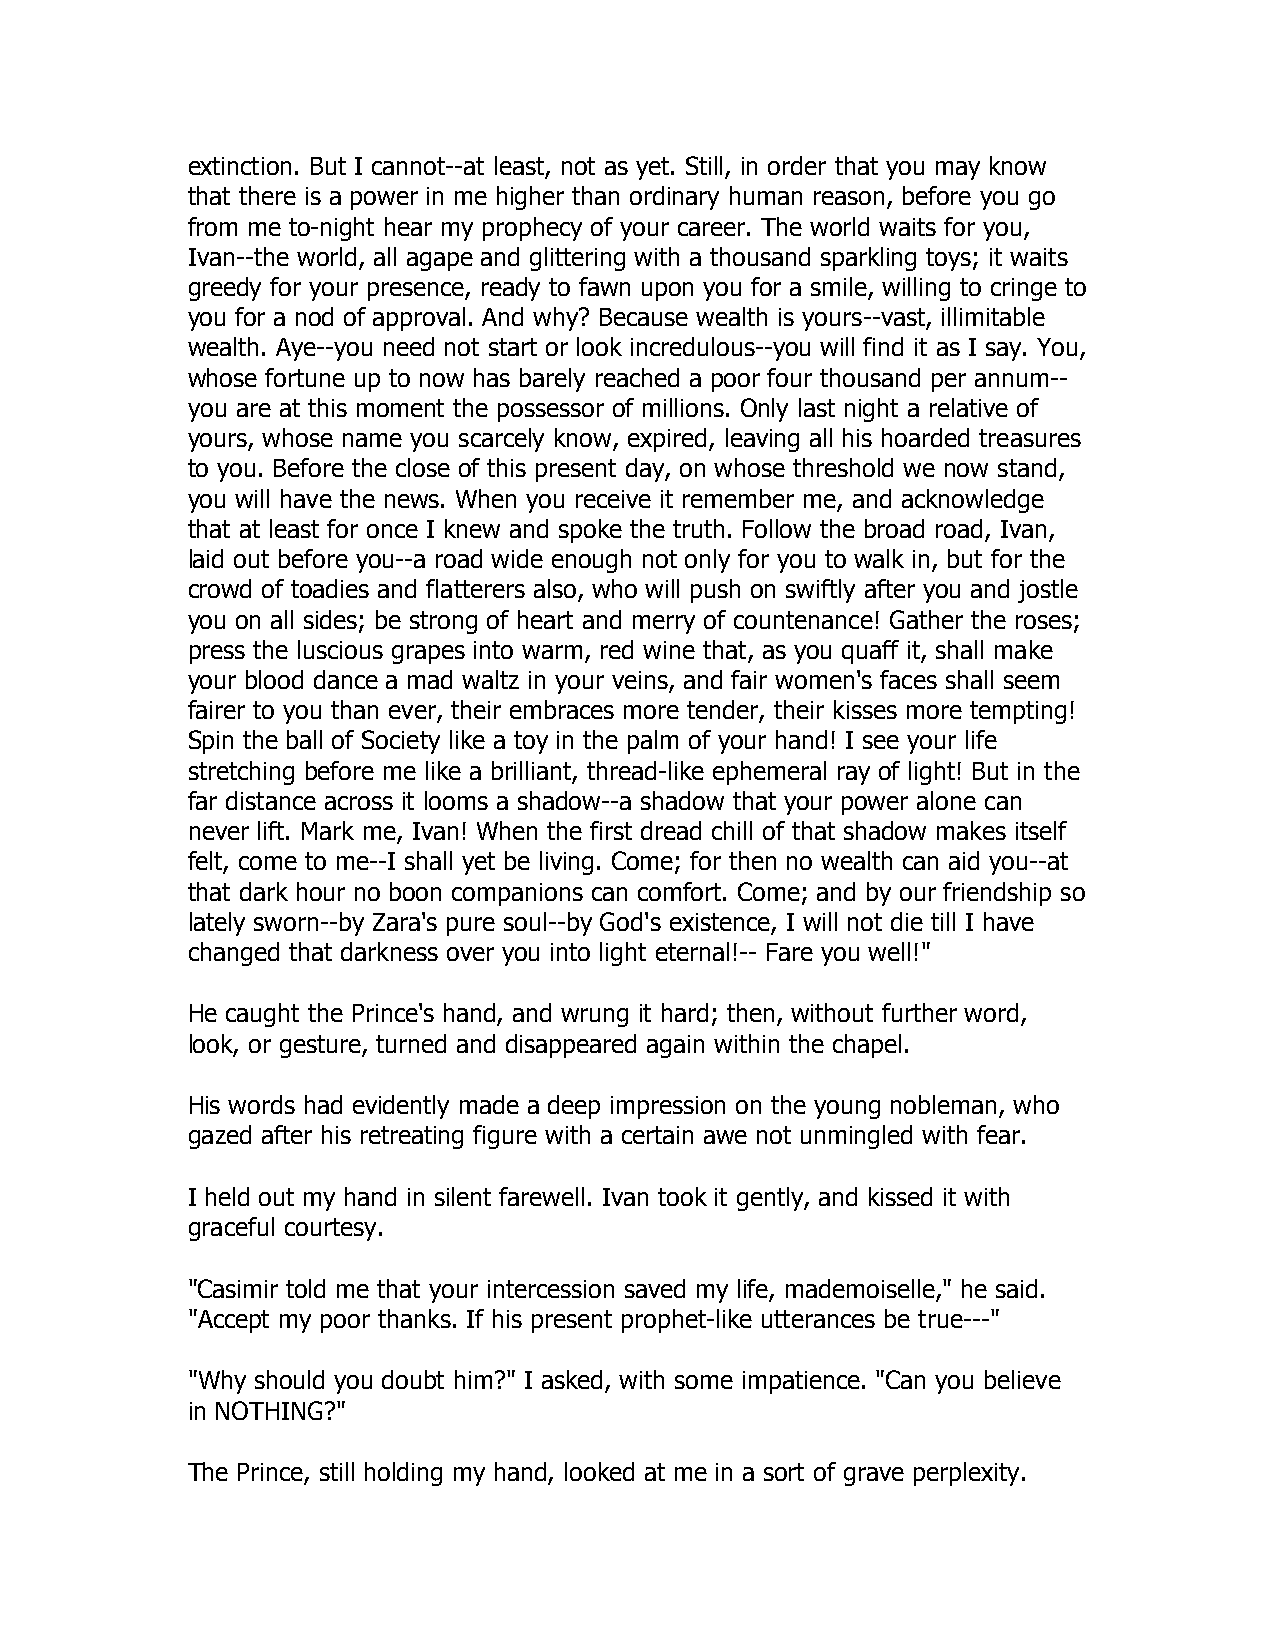
extinction. But I cannot--at least, not as yet. Still, in order that you may know
 that there is a power in me higher than ordinary human reason, before you go
 from me to-night hear my prophecy of your career. The world waits for you,
 Ivan--the world, all agape and glittering with a thousand sparkling toys; it waits
 greedy for your presence, ready to fawn upon you for a smile, willing to cringe to
 you for a nod of approval. And why? Because wealth is yours--vast, illimitable
 wealth. Aye--you need not start or look incredulous--you will find it as I say. You,
 whose fortune up to now has barely reached a poor four thousand per annum--
 you are at this moment the possessor of millions. Only last night a relative of
 yours, whose name you scarcely know, expired, leaving all his hoarded treasures
 to you. Before the close of this present day, on whose threshold we now stand,
 you will have the news. When you receive it remember me, and acknowledge
 that at least for once I knew and spoke the truth. Follow the broad road, Ivan,
 laid out before you--a road wide enough not only for you to walk in, but for the
 crowd of toadies and flatterers also, who will push on swiftly after you and jostle
 you on all sides; be strong of heart and merry of countenance! Gather the roses;
 press the luscious grapes into warm, red wine that, as you quaff it, shall make
 your blood dance a mad waltz in your veins, and fair women's faces shall seem
 fairer to you than ever, their embraces more tender, their kisses more tempting!
 Spin the ball of Society like a toy in the palm of your hand! I see your life
 stretching before me like a brilliant, thread-like ephemeral ray of light! But in the
 far distance across it looms a shadow--a shadow that your power alone can
 never lift. Mark me, Ivan! When the first dread chill of that shadow makes itself
 felt, come to me--I shall yet be living. Come; for then no wealth can aid you--at
 that dark hour no boon companions can comfort. Come; and by our friendship so
 lately sworn--by Zara's pure soul--by God's existence, I will not die till I have
 changed that darkness over you into light eternal!-- Fare you well!"
 He caught the Prince's hand, and wrung it hard; then, without further word,
 look, or gesture, turned and disappeared again within the chapel.
 His words had evidently made a deep impression on the young nobleman, who
 gazed after his retreating figure with a certain awe not unmingled with fear.
 I held out my hand in silent farewell. Ivan took it gently, and kissed it with
 graceful courtesy.
 "Casimir told me that your intercession saved my life, mademoiselle," he said.
 "Accept my poor thanks. If his present prophet-like utterances be true---"
 "Why should you doubt him?" I asked, with some impatience. "Can you believe
 in NOTHING?"
 The Prince, still holding my hand, looked at me in a sort of grave perplexity.